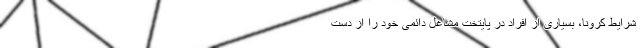
شرایط کرونا، بسیاری از افراد در پایتخت مشاغل دائمی خود را از دست